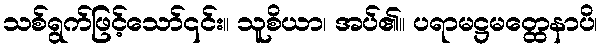
သစ်ရွက်ဖြင့်သော်၎င်း။ သူစိယာ၊ အပ်၏။ ပရာမဋ္ဌမတ္ထေနာပိ၊